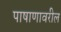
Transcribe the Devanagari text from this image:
पाषाणावरील